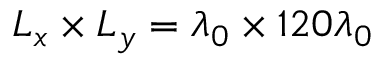
L _ { x } \times L _ { y } = \lambda _ { 0 } \times 1 2 0 \lambda _ { 0 }